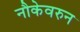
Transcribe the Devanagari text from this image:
नौकेवरुन